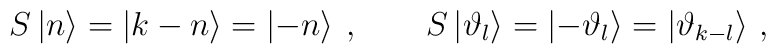
S\left| n\right\rangle =\left| k-n\right\rangle =\left| -n\right\rangle \: ,\qquad S\left| \vartheta _{l}\right\rangle   =\left| -\vartheta _{l}\right\rangle =\left| \vartheta _{k-l}\right\rangle\,,